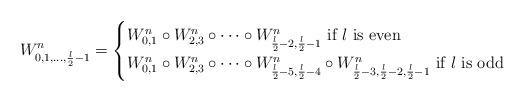
LaTeX: \begin{align*}W^{n}_{0,1,\ldots, \frac{\l}{2}-1}=\begin{cases}W^{n}_{0,1} \circ W^n_{2,3} \circ \dots \circ W^n_{\frac{\l}{2}-2,\frac{\l}{2}-1} \mbox{ if } \l \mbox{ is even}\\W^n_{0,1} \circ W^n_{2,3} \circ \dots \circ W^n_{\frac{\l}{2}-5,\frac{\l}{2}-4} \circ W^n_{\frac{\l}{2}-3,\frac{\l}{2}-2,\frac{\l}{2}-1} \mbox{ if } \l \mbox{ is odd}\\\end{cases}\end{align*}